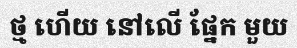
ថ្ម ហើយ នៅលើ ផ្នែក មួយ